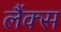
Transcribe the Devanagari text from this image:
लैंक्स